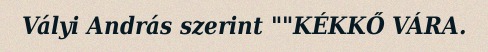
Vályi András szerint ""KÉKKŐ VÁRA.